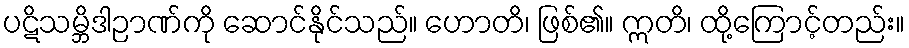
ပဋိသမ္ဘိဒါဉာဏ်ကို ဆောင်နိုင်သည်။ ဟောတိ၊ ဖြစ်၏။ ဣတိ၊ ထို့ကြောင့်တည်း။